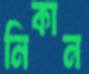
নিকান